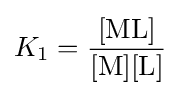
K_{1}=\mathrm {\frac {[ML]}{[M][L]}}